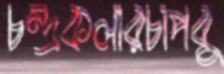
চন্দ্রকলারচাপবু